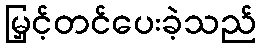
မြှင့်တင်ပေးခဲ့သည်